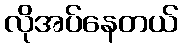
လိုအပ်နေတယ်